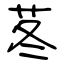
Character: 苳